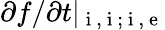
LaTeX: {\partial f}/{\partial t}|_{\mathrm{~i~,~i~;~i~,~e~}}